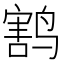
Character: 𱊟